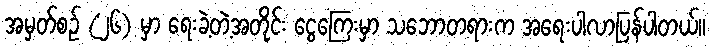
အမှတ်စဉ် (၂၆) မှာ ရေးခဲ့တဲ့အတိုင်း ငွေကြေးမှာ သဘောတရားက အရေးပါလာပြန်ပါတယ်။